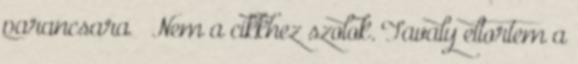
parancsara 🙂 Nem a cikkhez szolok. Tavaly eltortem a